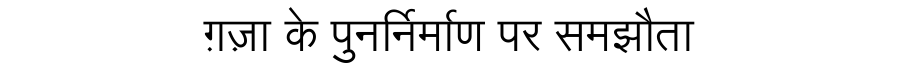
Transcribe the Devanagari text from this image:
ग़ज़ा के पुनर्निर्माण पर समझौता